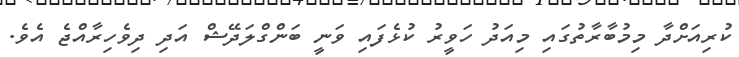
ކުރިއަށްދާ މިމުބާރާތުގައި މިއަދު ހަވީރު ކުޅެފައި ވަނީ ބަންގްލަދޭޝް އަދި ދިވެހިރާއްޖެ އެވެ.